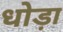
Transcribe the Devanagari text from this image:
धोड़ा